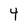
Character: 4